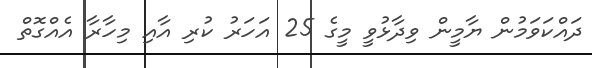
ދައްކަވަމުން ޔާމީން ވިދާޅުވީ މީގެ 25 އަހަރު ކުރި އާއި މިހާރާ އެއްގޮތް